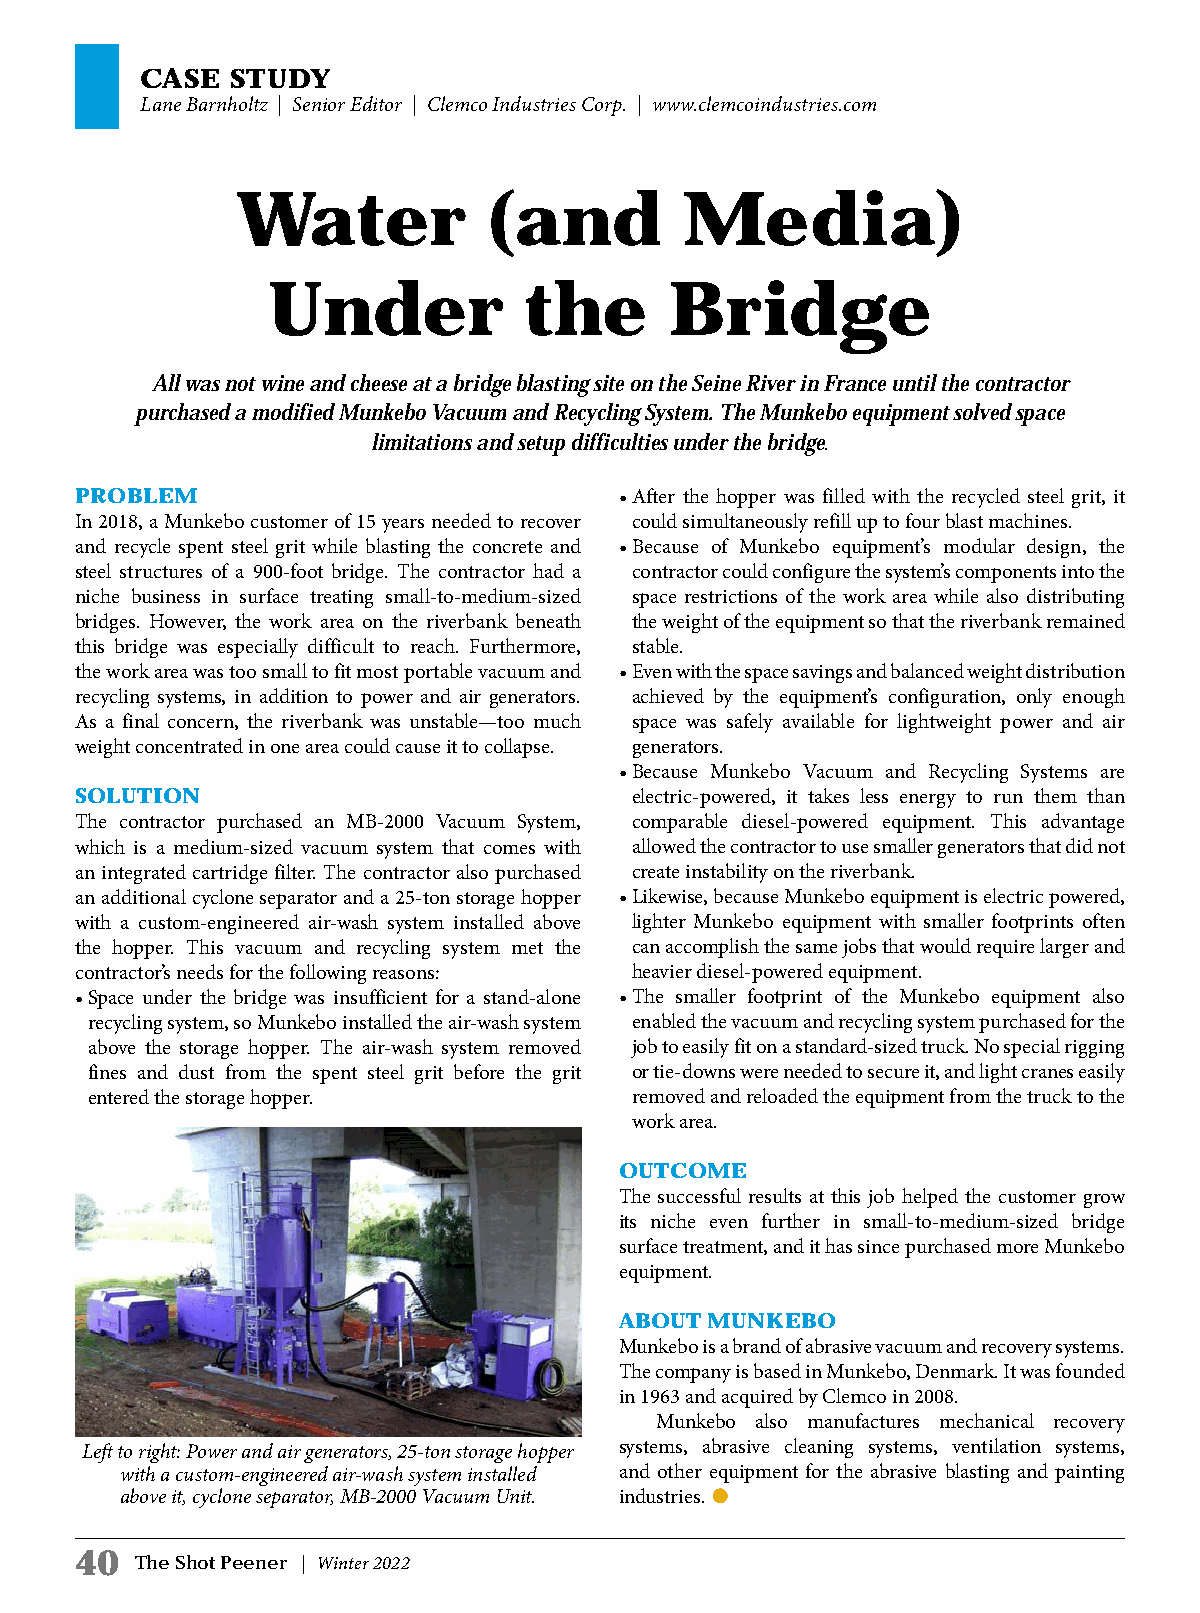
CASE  STUDY
 Lane Barnholtz | Senior Editor | Clemco Industries Corp. | www.clemcoindustries.com
 Water           (and         Media)
 Under            the      Bridge
 All was not wine and cheese at a bridge blasting site on the Seine River in France until the contractor
 purchased a modified Munkebo Vacuum and Recycling System. The Munkebo equipment solved space
 limitations and setup difficulties under the bridge.
 PROBLEM                             • After the hopper was filled with the recycled steel grit, it
 In 2018, a Munkebo customer of 15 years needed to recover could simultaneously refill up to four blast machines.
 and recycle spent steel grit while blasting the concrete and • Because of Munkebo equipment’s modular design, the
 steel structures of a 900-foot bridge. The contractor had a contractor could configure the system’s components into the
 niche business in surface treating small-to-medium-sized space restrictions of the work area while also distributing
 bridges. However, the work area on the riverbank beneath the weight of the equipment so that the riverbank remained
 this bridge was especially difficult to reach. Furthermore, stable.
 the work area was too small to fit most portable vacuum and • Even with the space savings and balanced weight distribution
 recycling systems, in addition to power and air generators. achieved by the equipment’s configuration, only enough
 As a final concern, the riverbank was unstable—too much space was safely available for lightweight power and air
 weight concentrated in one area could cause it to collapse. generators.
 • Because Munkebo Vacuum and Recycling Systems are
 SOLUTION                             electric-powered, it takes less energy to run them than
 The contractor purchased an MB-2000 Vacuum System, comparable diesel-powered equipment. This advantage
 which is a medium-sized vacuum system that comes with allowed the contractor to use smaller generators that did not
 an integrated cartridge filter. The contractor also purchased create instability on the riverbank.
 an additional cyclone separator and a 25-ton storage hopper • Likewise, because Munkebo equipment is electric powered,
 with a custom-engineered air-wash system installed above lighter Munkebo equipment with smaller footprints often
 the hopper. This vacuum and recycling system met the can accomplish the same jobs that would require larger and
 contractor’s needs for the following reasons: heavier diesel-powered equipment.
 • Space under the bridge was insufficient for a stand-alone • The smaller footprint of the Munkebo equipment also
 recycling system, so Munkebo installed the air-wash system enabled the vacuum and recycling system purchased for the
 above the storage hopper. The air-wash system removed job to easily fit on a standard-sized truck. No special rigging
 fines and dust from the spent steel grit before the grit or tie-downs were needed to secure it, and light cranes easily
 entered the storage hopper.         removed and reloaded the equipment from the truck to the
 work area.
 OUTCOME
 The successful results at this job helped the customer grow
 its niche even further in small-to-medium-sized bridge
 surface treatment, and it has since purchased more Munkebo
 equipment.
 ABOUT MUNKEBO
 Munkebo is a brand of abrasive vacuum and recovery systems.
 The company is based in Munkebo, Denmark. It was founded
 in 1963 and acquired by Clemco in 2008.
 Munkebo also manufactures mechanical recovery
 Left to right: Power and air generators, 25-ton storage hopper systems, abrasive cleaning systems, ventilation systems,
 with a custom-engineered air-wash system installed and other equipment for the abrasive blasting and painting
 above it, cyclone separator, MB-2000 Vacuum Unit. industries. l
 40
 The Shot Peener | Winter 2022